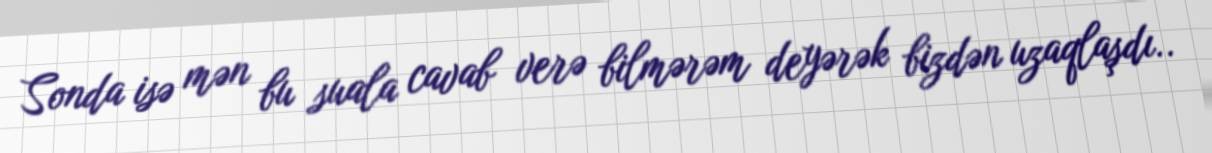
Sonda isə mən bu suala cavab verə bilmərəm deyərək bizdən uzaqlaşdı..